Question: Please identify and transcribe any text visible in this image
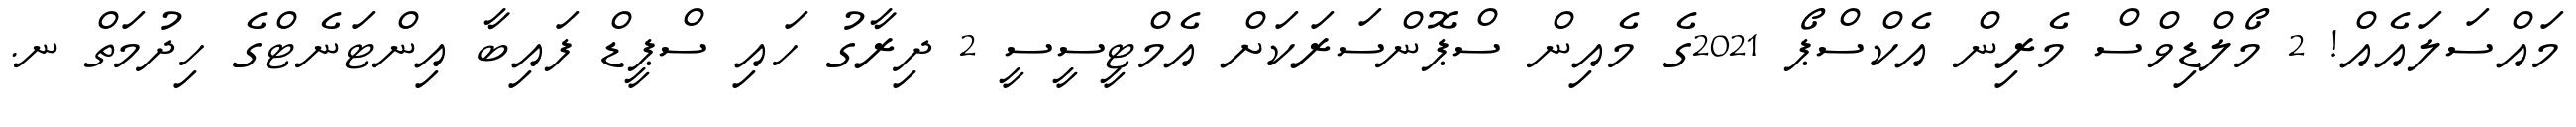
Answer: މައްސަލައެއް! 2 މޯލްޑިވްސް މެރިން އެކްސްޕޯ 2021ގެ މެއިން ސްޕޮންސަރަކަށް އެމްޓީސީސީ 2 ދިރާގު ހައި ސްޕީޑް ފައިބާ އިންޓަނެޓްގެ ހިދުމަތް ނ.